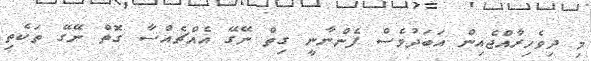
މި ދިވެހިރާއްޖެއިން އަބަދުވެސް ފެންނާނީ ގިތް ނޭގޭ އެއްޗެއްސާ ގޮތް ނޭގޭ ތަކެތި